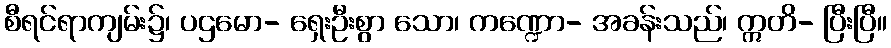
စီရင်ရာကျမ်း၌၊ ပဌမော- ရှေးဦးစွာ သော၊ ကဏ္ဍော- အခန်းသည်၊ ဣတိ- ပြီးပြီ။